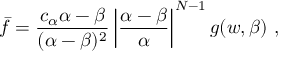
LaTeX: \bar { f } = \frac { c _ { \alpha } \alpha - \beta } { ( \alpha - \beta ) ^ { 2 } } \left| \frac { \alpha - \beta } { \alpha } \right| ^ { N - 1 } g ( w , \beta ) \ ,